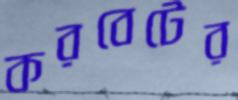
করবেটের